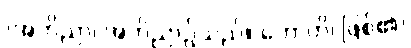
(အဘိညာ၊ အဘိညာဉ်သည်။ ဟောတိ၊ ဖြစ်၏)